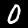
Label: 0